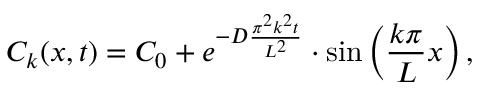
C _ { k } ( x , t ) = C _ { 0 } + e ^ { - D \frac { \pi ^ { 2 } k ^ { 2 } t } { L ^ { 2 } } } \cdot \sin \left( \frac { k \pi } { L } x \right) ,